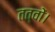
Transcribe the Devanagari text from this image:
तत्वों।